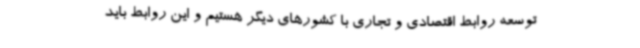
توسعه روابط اقتصادی و تجاری با کشورهای دیگر هستیم و این روابط باید